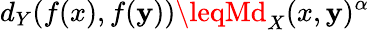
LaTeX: d_{Y}(f(x),f(\mathbf{y}))\leqMd_{X}(x,\mathbf{y})^{\alpha}